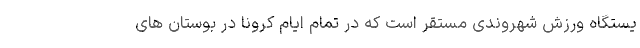
یستگاه ورزش شهروندی مستقر است که در تمام ایام کرونا در بوستان های